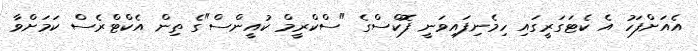
އެއަށްފަހު އެ ކެޓަގަރީގައި ހިމެނިފައިވަނީ ފޮކްސްގެ "ސްކްރީމް ކުއީންސް"ގެ ތިން އެކްޓްރެސް ކަމަށްވާ